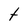
Character: t